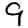
Digit: 9